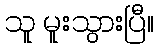
သူ မူးသွားပြီ။